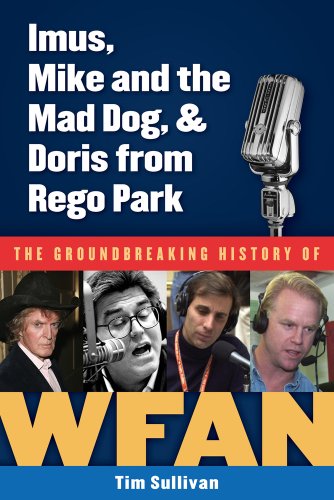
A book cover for Imus, Mike and the Mad Dog, & Doris from Rego Park: The Groundbreaking History of WFAN; Tim Sullivan; Sports & Outdoors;